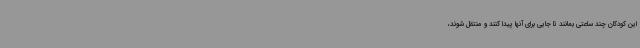
این کودکان چند ساعتی بمانند تا جایی برای آنها پیدا کنند و منتقل شوند،